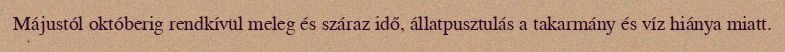
Májustól októberig rendkívül meleg és száraz idő, állatpusztulás a takarmány és víz hiánya miatt.